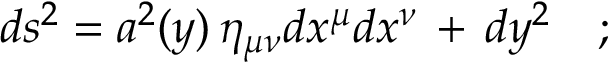
d s ^ { 2 } = a ^ { 2 } ( y ) \, \eta _ { \mu \nu } d x ^ { \mu } d x ^ { \nu } \, + \, d y ^ { 2 } \quad ;